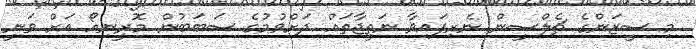
މި ސީޒަންގެ ޗެލްސީން ނެރިފައިވާ ނަތީޖާތައް ދަށްވުމުގެ ސަބަބުން މޮރީނިއޯ އަށް ވަނީ